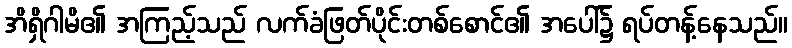
အိရှိဂါမိ၏ အကြည့်သည် လက်ခံဖြတ်ပိုင်းတစ်စောင်၏ အပေါ်၌ ရပ်တန့်နေသည်။